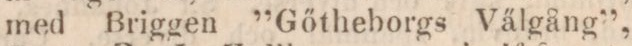
med Briggen ”Gőtheborgs Välgång”,